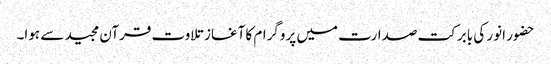
حضور انور کی بابرکت صدارت میں پروگرام کا آغاز تلاوت قرآن مجید سے ہوا۔